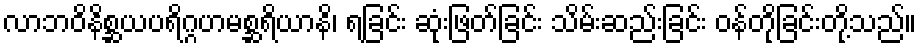
လာဘဝိနိစ္ဆယပရိဂ္ဂဟမစ္ဆရိယာနိ၊ ရခြင်း ဆုံးဖြတ်ခြင်း သိမ်းဆည်းခြင်း ဝန်တိုခြင်းတို့သည်။